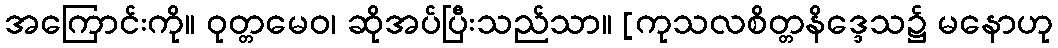
အကြောင်းကို။ ဝုတ္တမေဝ၊ ဆိုအပ်ပြီးသည်သာ။ [ကုသလစိတ္တနိဒ္ဒေသ၌ မနောဟု